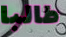
طالبا